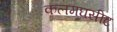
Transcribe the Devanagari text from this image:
कलमघसीट